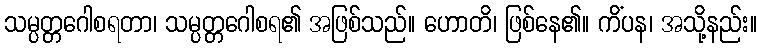
သမ္ပတ္တဂေါစရတာ၊ သမ္ပတ္တဂေါစရ၏ အဖြစ်သည်။ ဟောတိ၊ ဖြစ်နေ၏။ ကိံပန၊ အသို့နည်း။